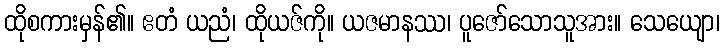
ထိုစကားမှန်၏။ ဧတံ ယညံ၊ ထိုယဇ်ကို။ ယဇမာနဿ၊ ပူဇော်သောသူအား။ သေယျော၊